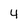
Character: 4